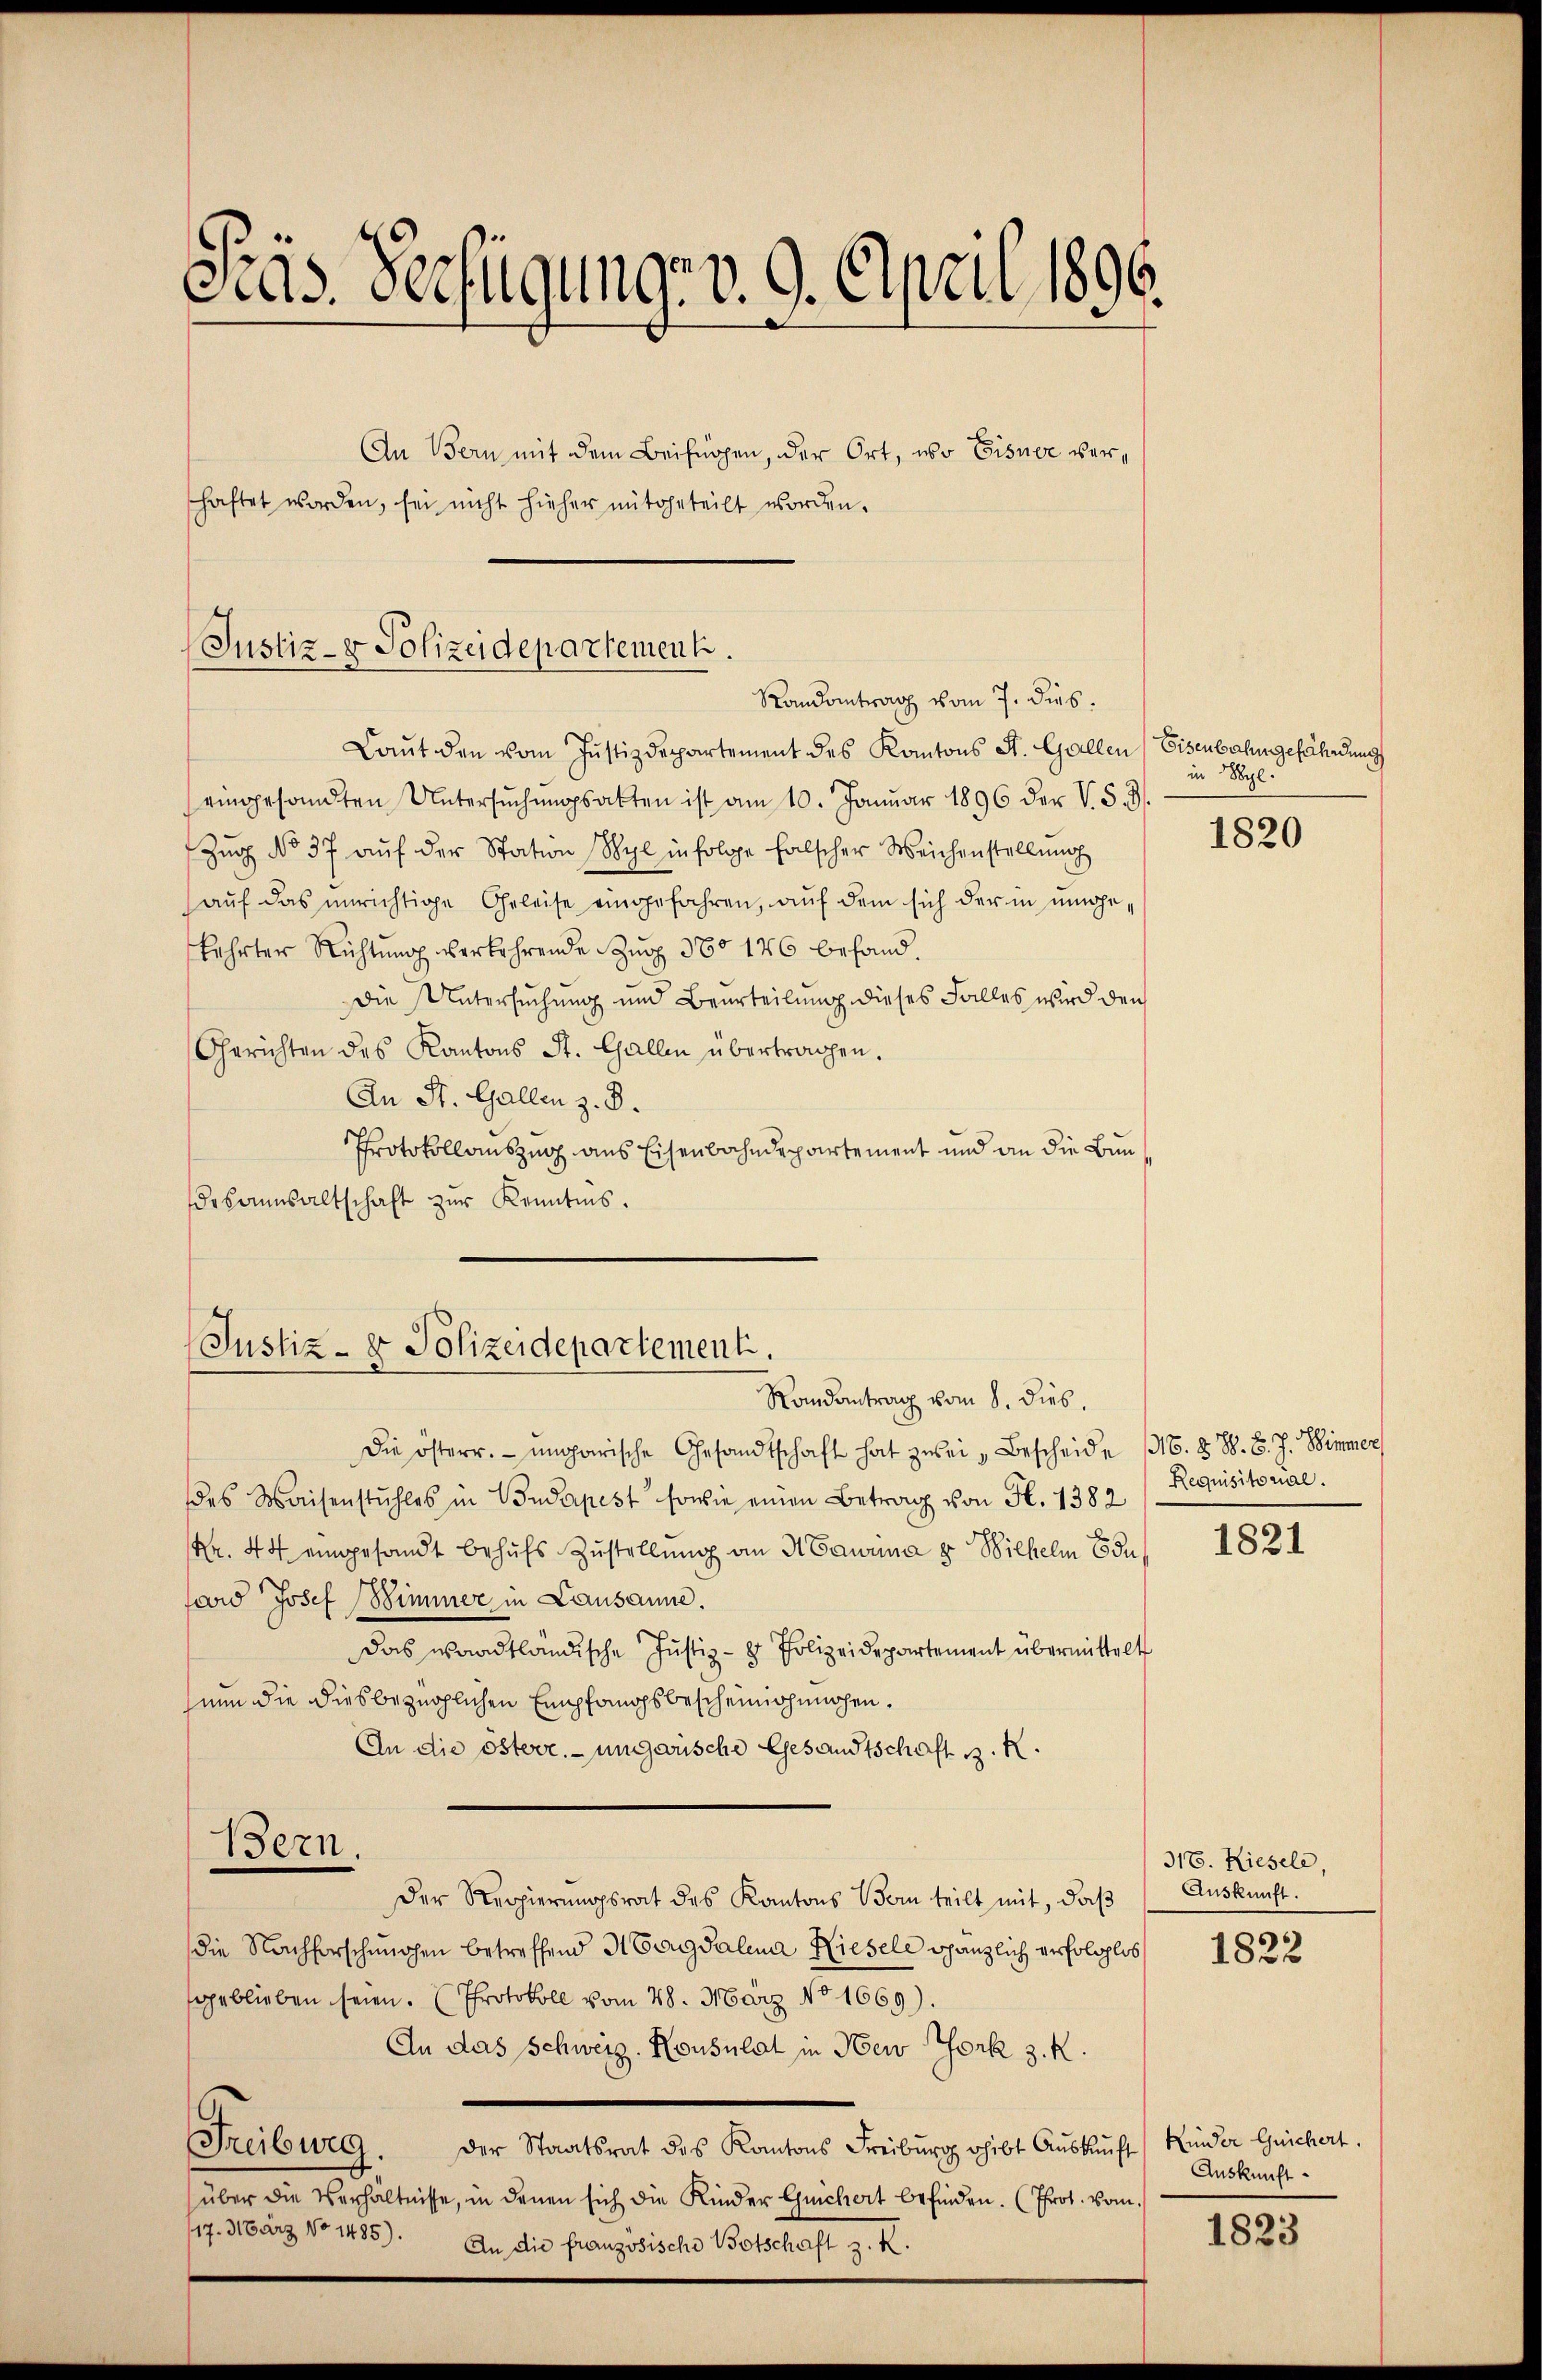
Cas. Verfügung v. 9. April 1896.

An Bern mit dem Beifügen, der Ort, wo Eisner verhaftet worden, sei nicht hieher mitgeteilt worden.

Justiz- & Polizeidepartement.
Randantrag vom 7. dies.

Laut den vom Justizdepartement des Kantons St. Gallen Eisenbahn gefährdung
eingesandten Untersŭchŭngsakten ist am 10. Januar 1896 der V. S. 3.
Zŭg No 37 aŭf der Station Wyl infolge falscher Weichenstellŭng
auf das unrichtige Geleise eingefahren, auf dem sich der in umgekehrter Richtung verkehrende Zug 360 126 befand.
Die Untersuchung und Beurteilung dieses Falles wird den
Gerichten des Kantons St. Gallen übertragen.
An St. Gallen z. B.
Protokollauszug aus Eisenbahndepartement und an die Bundekannsaltschaft zur Kenntnis.

Justiz- & Polizeidepartement.
Randantrag vom 8. dies.

Die österr. ungarische Gesandtschaft hat zwei Bescheide 196. 88. 8. J. Himmer
des Waisenstuhles in Budapest sowie einen Betrag von Fr. 1382
Nr. 44 eingesandt behufs Zustellung an H Caurina u Wilhelm Edu
sard Josef Zimmer in Lausanne.
Das waadtländische Justiz- & Polizeidepartement übermittelt
nun die diesbezüglichen Empfangsbescheinigenschen.
An die österr. ungarische Gesandtschaft d. R.
Bern.
Der Regierungsrat des Kantons Vom teilt mit, daß
die Nachforschungen betreffend Magdalena Kiesele gänzlich erfolglos
geblieben seien. (Protokoll vom 28. März No. 1669).
An das Schweiz. Konsulat in New York z. K.
Freiburg.
Der Staatsrat des Kantons Freiburg gibt Aŭskŭnft Kinder Geichert.
über die Verhältnisse, in denen sich die Kinder Guichert befinden. (Prot. vom
17. März No 1485). An die französische Botschaft z. R.

in Syl.

1820

Requisitorial.

1821

317. Riesele,
Auskunft.

1822

Auskunft.

1823